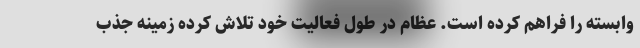
وابسته را فراهم کرده است. عظام در طول فعالیت خود تلاش کرده زمینه جذب